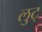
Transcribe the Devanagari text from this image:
लुट्